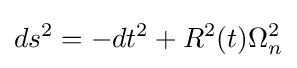
ds^{2}=-dt^{2}+R^{2}(t)\Omega _{n}^{2}